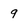
Character: 9